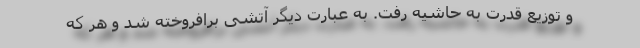
و توزیع قدرت به حاشیه رفت. به عبارت دیگر آتشی برافروخته شد و هر که